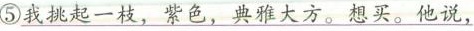
⑤\underline{我挑起一枝，紫色，火才。想买。他说，}